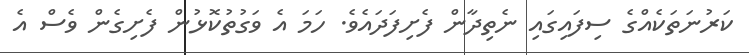
ކަރުނަތަކެއްގެ ސިފައިގައި ނެތިދާން ފެށިފަދައެވެ. ހަމަ އެ ވަގުތުކޮޅުން ފެށިގެން ވެސް އެ